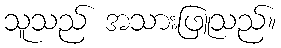
သူသည် အသားဖြူသည်။